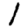
Digit: 1